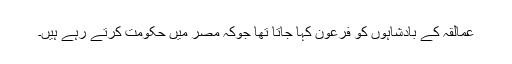
عمالقہ کے بادشاہوں کو فرعون کہا جاتا تھا جوکہ مصر میں حکومت کرتے رہے ہیں۔